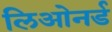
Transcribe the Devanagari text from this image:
लिओनर्ड